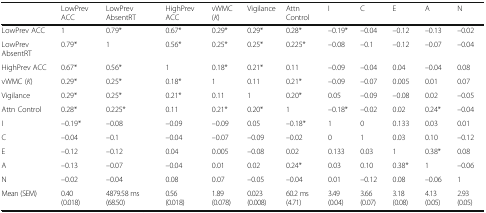
<table><thead><tr><td></td><td><b>LowPrev ACC</b></td><td><b>LowPrev AbsentRT</b></td><td><b>HighPrev ACC</b></td><td><b>vWMC (<i>K</i>)</b></td><td><b>Vigilance</b></td><td><b>Attn Control</b></td><td><b>I</b></td><td><b>C</b></td><td><b>E</b></td><td><b>A</b></td><td><b>N</b></td></tr></thead><tbody><tr><td>LowPrev ACC</td><td>1</td><td>0.79*</td><td>0.67*</td><td>0.29*</td><td>0.29*</td><td>0.28*</td><td>–0.19*</td><td>–0.04</td><td>–0.12</td><td>–0.13</td><td>–0.02</td></tr><tr><td>LowPrev AbsentRT</td><td>0.79*</td><td>1</td><td>0.56*</td><td>0.25*</td><td>0.25*</td><td>0.225*</td><td>–0.08</td><td>–0.1</td><td>–0.12</td><td>–0.07</td><td>–0.04</td></tr><tr><td>HighPrev ACC</td><td>0.67*</td><td>0.56*</td><td>1</td><td>0.18*</td><td>0.21*</td><td>0.11</td><td>–0.09</td><td>–0.04</td><td>0.04</td><td>–0.04</td><td>0.08</td></tr><tr><td>vWMC (<i>K</i>)</td><td>0.29*</td><td>0.25*</td><td>0.18*</td><td>1</td><td>0.11</td><td>0.21*</td><td>–0.09</td><td>–0.07</td><td>0.005</td><td>0.01</td><td>0.07</td></tr><tr><td>Vigilance</td><td>0.29*</td><td>0.25*</td><td>0.21*</td><td>0.11</td><td>1</td><td>0.20*</td><td>0.05</td><td>–0.09</td><td>–0.08</td><td>0.02</td><td>–0.05</td></tr><tr><td>Attn Control</td><td>0.28*</td><td>0.225*</td><td>0.11</td><td>0.21*</td><td>0.20*</td><td>1</td><td>–0.18*</td><td>–0.02</td><td>0.02</td><td>0.24*</td><td>–0.04</td></tr><tr><td>I</td><td>–0.19*</td><td>–0.08</td><td>–0.09</td><td>–0.09</td><td>0.05</td><td>–0.18*</td><td>1</td><td>0</td><td>0.133</td><td>0.03</td><td>0.01</td></tr><tr><td>C</td><td>–0.04</td><td>–0.1</td><td>–0.04</td><td>–0.07</td><td>–0.09</td><td>–0.02</td><td>0</td><td>1</td><td>0.03</td><td>0.10</td><td>–0.12</td></tr><tr><td>E</td><td>–0.12</td><td>–0.12</td><td>0.04</td><td>0.005</td><td>–0.08</td><td>0.02</td><td>0.133</td><td>0.03</td><td>1</td><td>0.38*</td><td>0.08</td></tr><tr><td>A</td><td>–0.13</td><td>–0.07</td><td>–0.04</td><td>0.01</td><td>0.02</td><td>0.24*</td><td>0.03</td><td>0.10</td><td>0.38*</td><td>1</td><td>–0.06</td></tr><tr><td>N</td><td>–0.02</td><td>–0.04</td><td>0.08</td><td>0.07</td><td>–0.05</td><td>–0.04</td><td>0.01</td><td>–0.12</td><td>0.08</td><td>–0.06</td><td>1</td></tr><tr><td>Mean (SEM)</td><td>0.40 (0.018)</td><td>4879.58 ms (68.50)</td><td>0.56 (0.018)</td><td>1.89 (0.078)</td><td>0.023 (0.008)</td><td>60.2 ms (4.71)</td><td>3.49 (0.04)</td><td>3.66 (0.07)</td><td>3.18 (0.08)</td><td>4.13 (0.05)</td><td>2.93 (0.05)</td></tr></tbody></table>